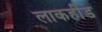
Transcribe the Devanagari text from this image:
लाकहीड